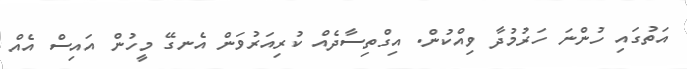
އަތުގައި ހުންނަ ހަރުމުދާ ވިއްކުން. އިގްތިސާދެއް ކުރިއަރުވަން އެނގޭ މީހުން އައިސް އެއް